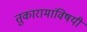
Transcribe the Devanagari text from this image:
तुकारामांविषयी